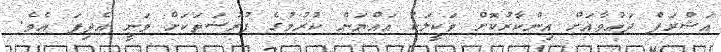
އަޝްރަފް ދައުވާއަށް އިންކާރުކޮށް ވަކީލަކު އައްޔަން ކުރުމުގެ ފުރުސަތަކަށް ވަނީ އެދިފަ އެވެ.